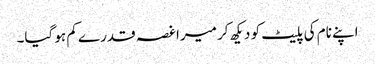
اپنے نام کی پلیٹ کو دیکھ کر میرا غصہ قدرے کم ہو گیا۔